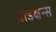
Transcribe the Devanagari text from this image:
प्रोडक्षन्स